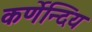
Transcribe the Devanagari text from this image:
कर्णेन्दिय